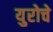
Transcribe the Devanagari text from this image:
युरोचे